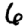
Digit: 6